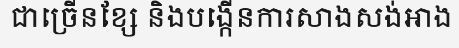
ជាច្រើនខ្សែ និងបង្កើនការសាងសង់អាង